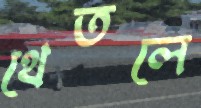
থেতলে